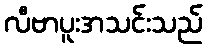
လီဗာပူးအသင်းသည်